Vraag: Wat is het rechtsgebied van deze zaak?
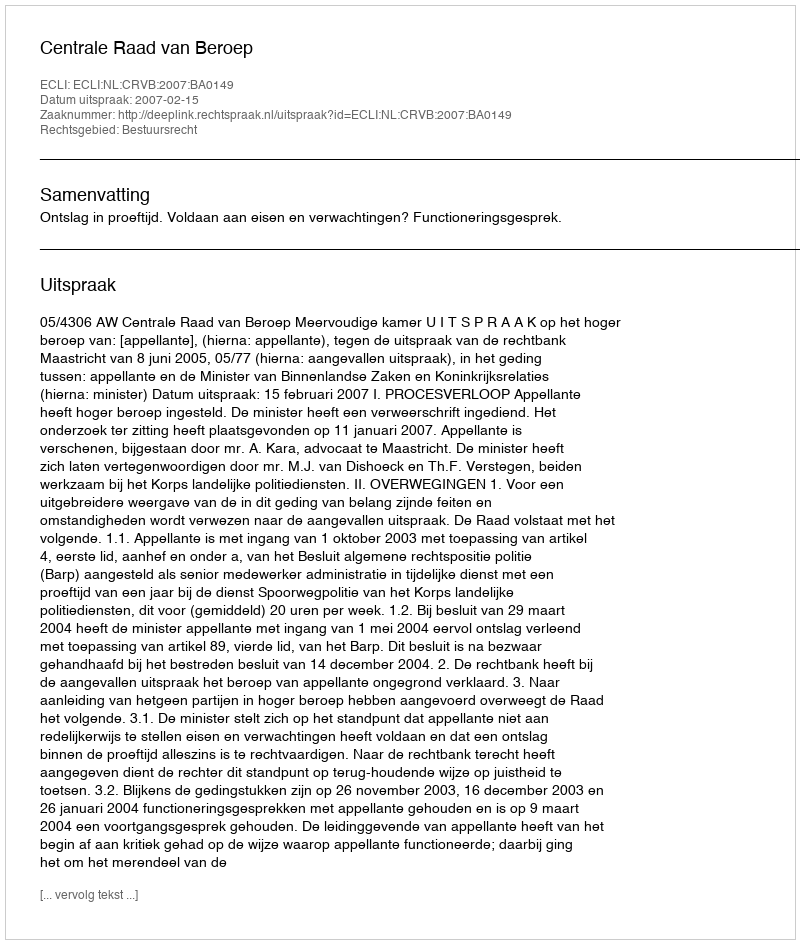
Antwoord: Bestuursrecht